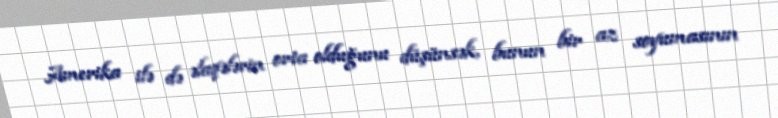
Amerika ilə də əlaqələrin orta olduğunu düşünsək, bunun bir az soyumasının